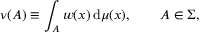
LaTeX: \nu ( A ) \equiv \int _ { A } w ( x ) \, \mathrm { d } \mu ( x ) , \qquad A \in \Sigma ,